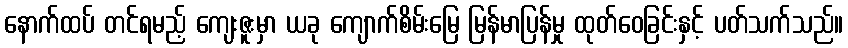
နောက်ထပ် တင်ရမည့် ကျေးဇူးမှာ ယခု ကျောက်စိမ်းမြေ မြန်မာပြန်မှု ထုတ်ဝေခြင်းနှင့် ပတ်သက်သည်။